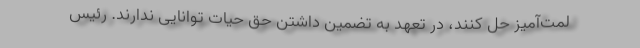
لمت‌آمیز حل کنند، در تعهد به تضمین داشتن حق حیات توانایی ندارند. رئیس